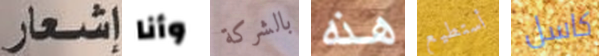
إشعار وأنا بالشركة هذه أستطيع كاسل